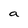
Character: a